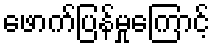
ဖောက်ပြန်မှုကြောင့်